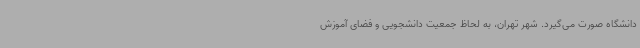
دانشگاه صورت می‌گیرد. شهر تهران، به لحاظ جمعیت دانشجویی و فضای آموزش